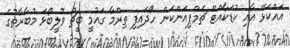
އައްކަޅޭ އާއި ކުޑަކާއްޓޭ ޗެމްޕިއަންކަން ހޯދައިފި ތިރްމާ ގައުމީ ބީޗް ވޮލީބޯޅަ މުބާރާތުގެ